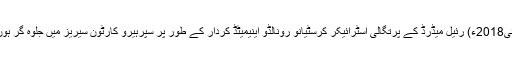
12 مئی2018ء) رئیل میڈرڈ کے پرتگالی اسٹرائیکر کرسٹیانو رونالڈو اینیمیٹڈ کردار کے طور پر سپرہیرو کارٹون سیریز میں جلوہ گر ہوں گے۔